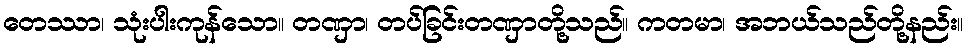
တေဿာ၊ သုံးပါးကုန်သော။ တဏှာ၊ တပ်ခြင်းတဏှာတို့သည်။ ကတမာ၊ အဘယ်သည်တို့နည်း။